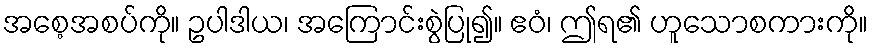
အစေ့အစပ်ကို။ ဥပါဒါယ၊ အကြောင်းစွဲပြု၍။ ဧဝံ၊ ဤရ၏ ဟူသောစကားကို။